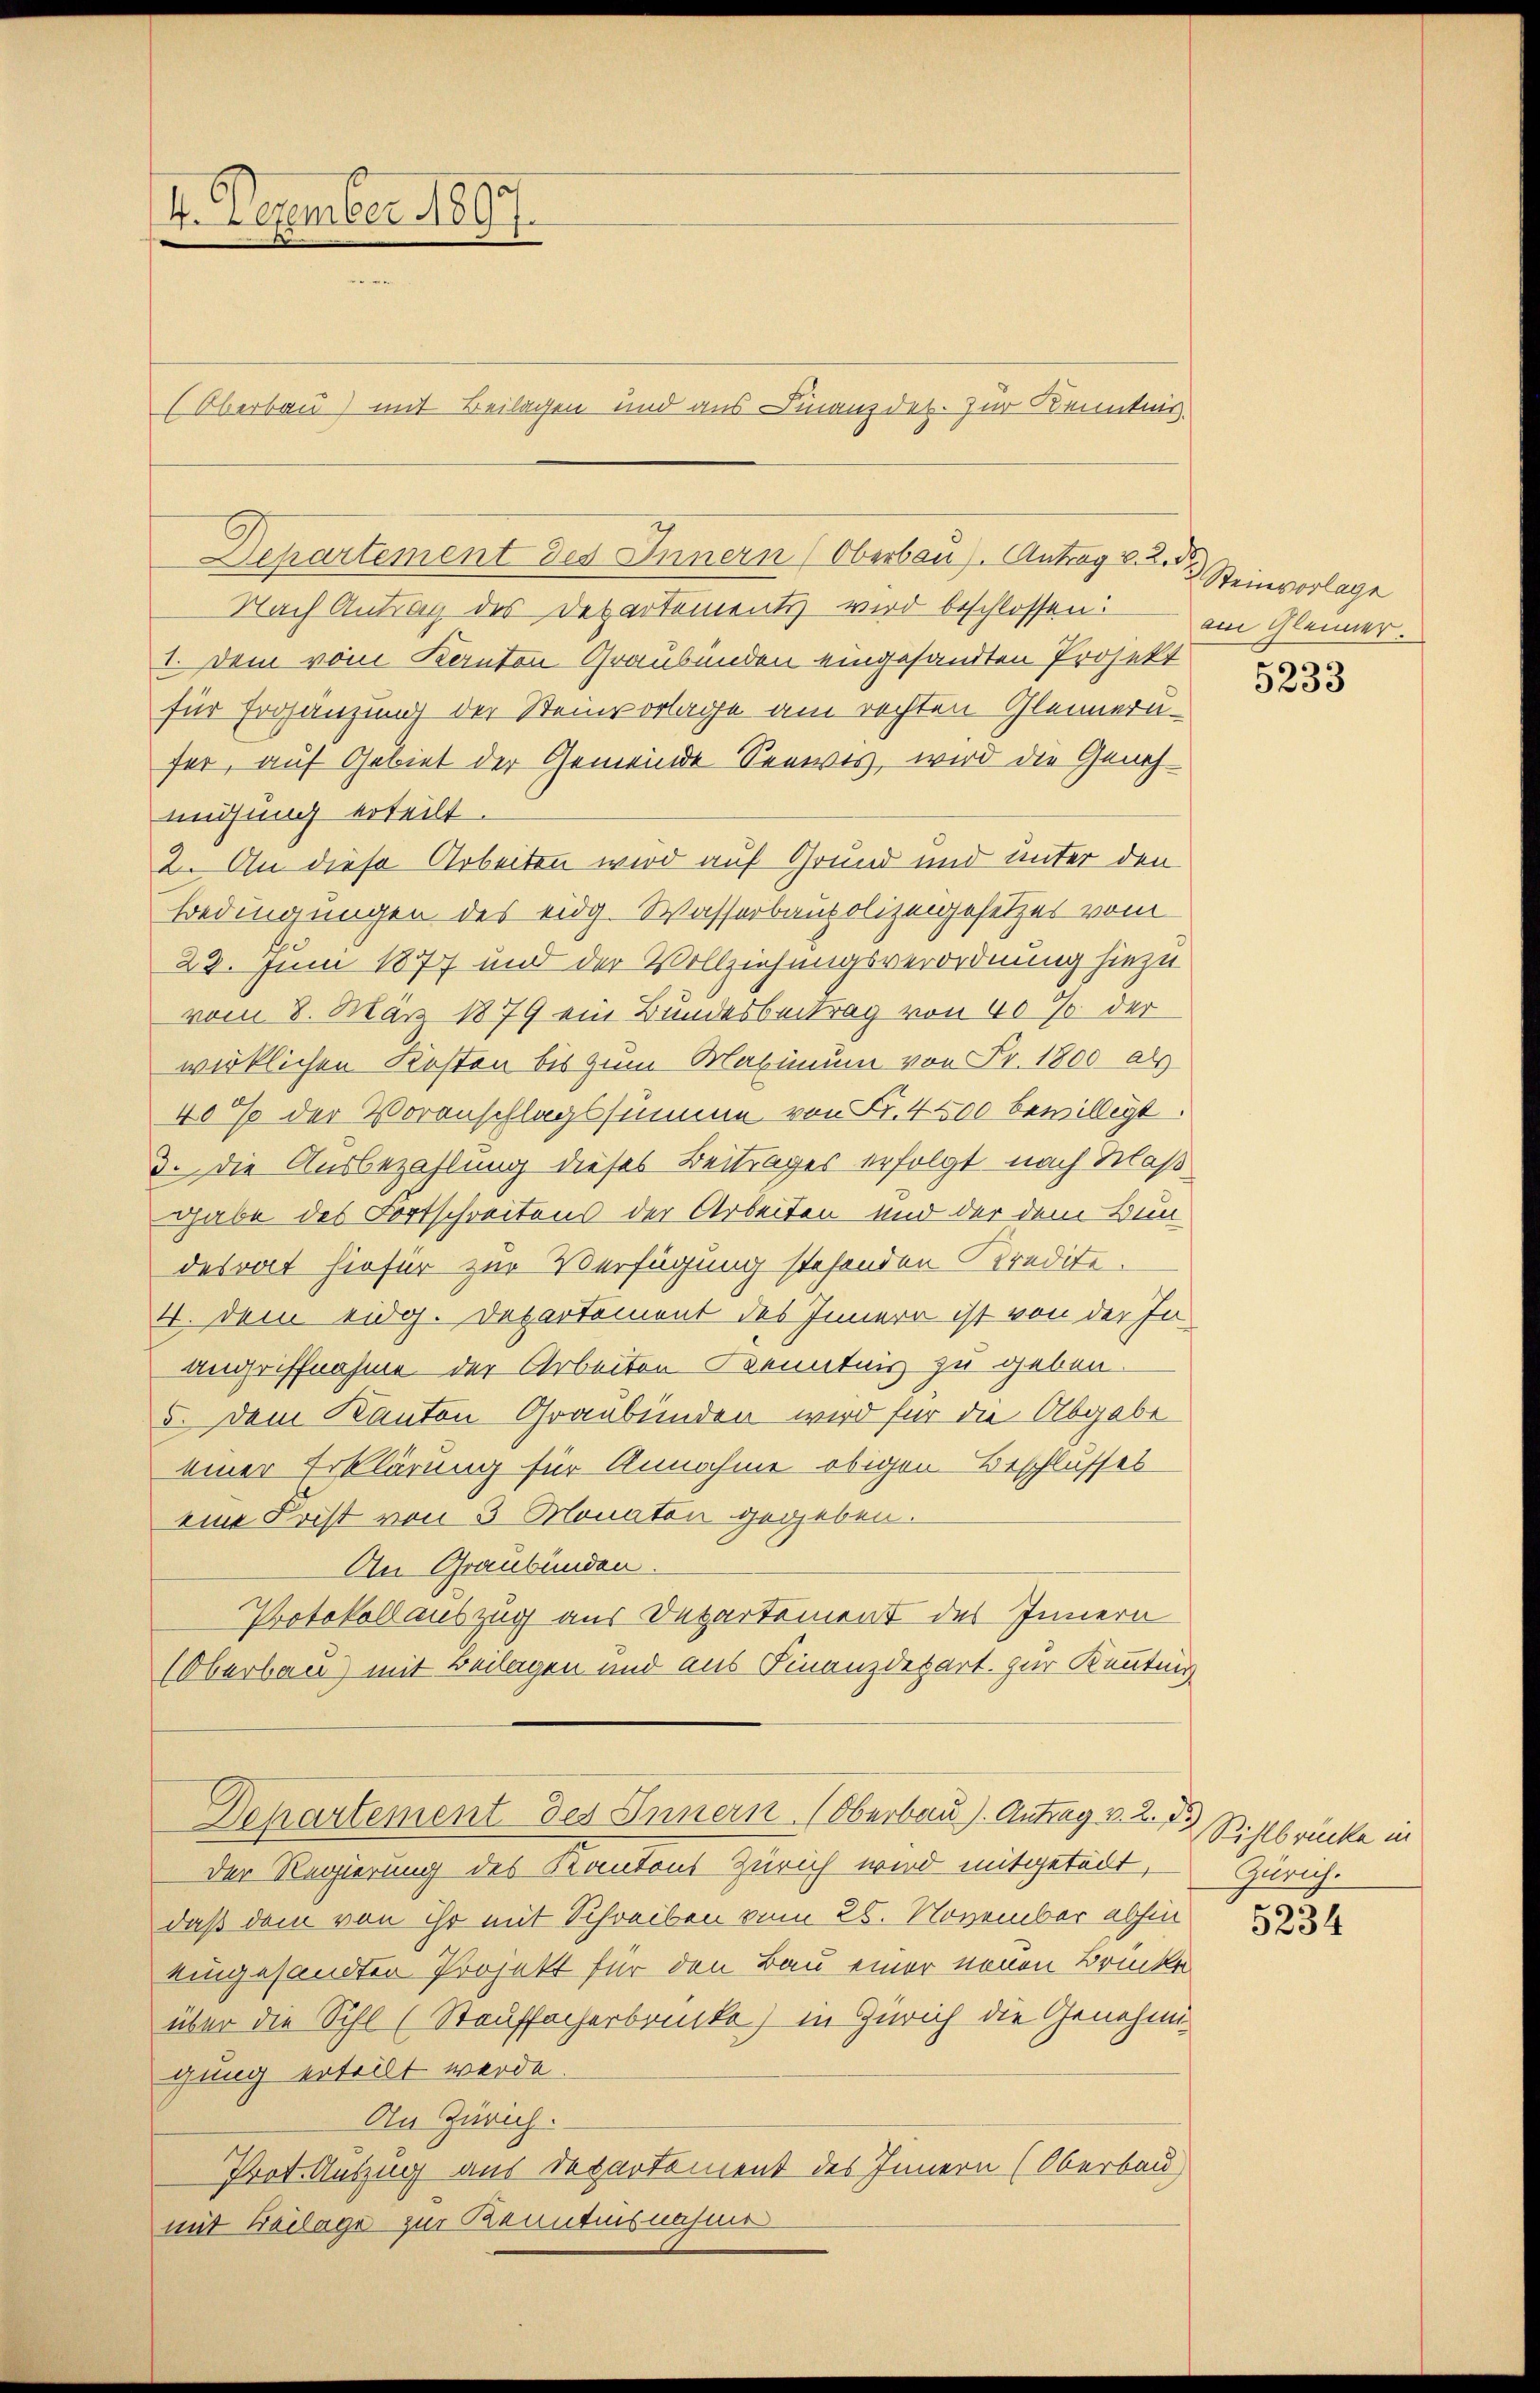
4. Dezember 1865.
f
.
Oberbau) mit Beilagen und aus Finanzdet. Zur Kenntnis

Departement des Innern (Oberbau. Antrag v. 2. d

Nach Antrag des Departements wird beschlossen:
I. Dem vom Kanton Graubünden eingesandten Projekt
für Ergänzung der Steinvorlage am rechten Gleineru-
fer, auf Gebiet der Gemeinde Seewis, wird die Genehmühung erteilt.
2. An diese Arbeiten wird auf Grund und unter den
Bedingungen des eidg. Wasserbaupolizeigesetzes vom
23. Juni 1877 und der Vollziehungsverordnung hiezu
vom 8. März 1879 ein Bundesbeitrag von 40% der
wirklichen Kosten bis zum Maximum von Fr. 1800 als
40 % der Voranschlagssumme von Fr. 4500 bewilligt.
3. Die Ausbezahlung dieses Beitrages erfolgt nach Klaß
gabe des Fortschreitens der Arbeiten und der dem Bun
desrat hiefür zur Verfügung stehenden Kredite.
4. dem eidg. Departement des Innern ist von der Inangriffnahme der Arbeiten Kenntnis zu geben.
5. Dem Kanton Graubünden wird für die Abgabe
einer Erklärung für Annahme obigen Beschlusses
eine Frist von 3 Monaten gegeben.
An Graubünden
Protokollauszug aus Departement des Innern
(Oberbau) mit Beilagen und aus Finanzdepart. zur Kenntnis

Departement des Innern (Oberbau). Antrag v. 2. d. Sihlbrücke in

Der Regierung des Kantons Zürich wird mitgetect,
daß dem von ihr mit Schreiben vom 28. November abhin
eingesandten Projekt für den Bau einer neuen Brücke
über die Sihl (Stauffacherbrücke) in Zürich die Genehmigung erteilt werde.
An Zürich.
Prot. Auszug aus Departement des Innern (Oberbau
mit Beilage zur Kenntnisnahme

Steinvorlage
am Gleiner
¬

5233

Zürich.